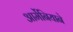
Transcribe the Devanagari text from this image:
आर्मेनियाने